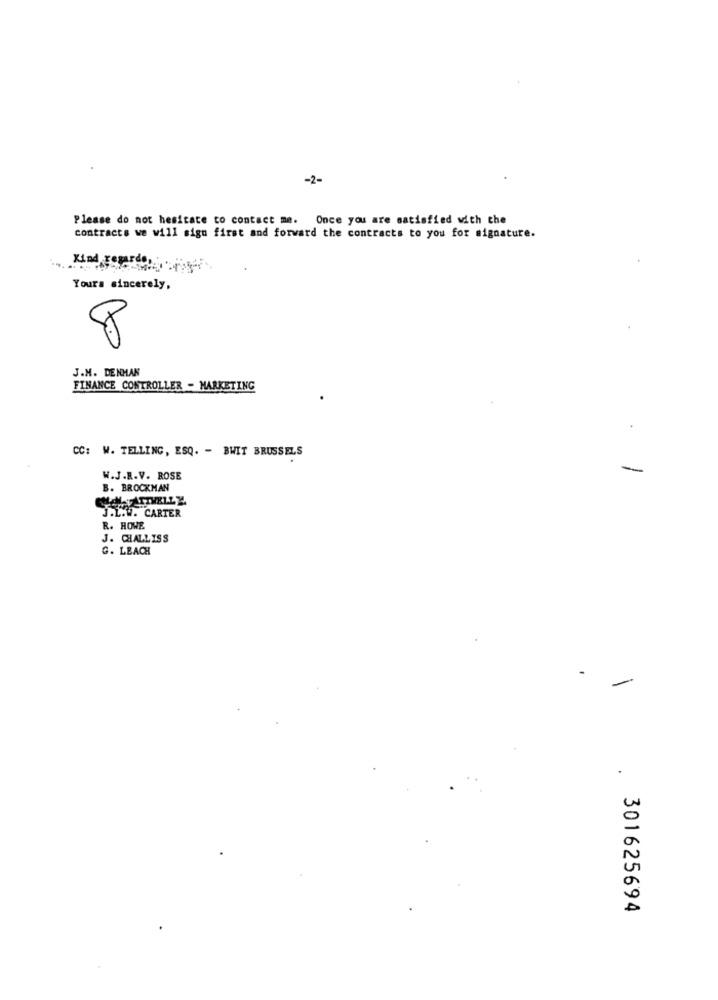
-2-
Please do not hesitate to contact me. Once you are satisfied with che
contracts we will sign first and forward the contracts to you for signature.
Yours sincerely,
8
J.M. DENHAN
FINANCE CONTROLLER - MARKETING
CC: W. TELLING, ESQ. - BWIT BRUSSELS
-
W.J.R.V. ROSE
B. BROCKMAN
J.L.W. CARTER
R. HOWE
J. CHALLISS
G. LEACH
-
301625694